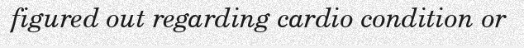
figured out regarding cardio condition or